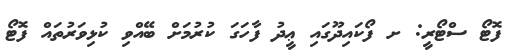
ފޮޓޯ ސްޓޯރީ: ށ ފޯކައިދޫގައި ޢީދު ފާހަގަ ކުރުމަށް ބޭއްވި ކުޅިވަރުތައް ފޮޓޯ